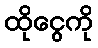
ထိုငွေကို